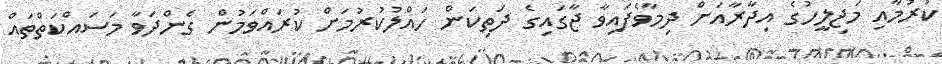
ކުރުމާއި މަޖިލީހުގެ އިދާރާއަށް ދިމާވެފައިވާ ޖާގައިގެ ދަތިކަން ހައްލުކުރުމަށް ކުރައްވަމުން ގެންދަވާ މަސައްކަތްތައް